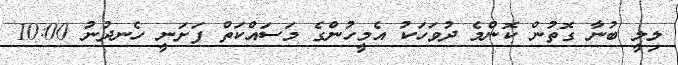
ލިލީ ބުނާ ގޮތުން ކޮންމެ ދުވަހަކު އެމީހުންގެ މަސައްކަތް ފަށަނީ ހެނދުނު 10:00